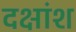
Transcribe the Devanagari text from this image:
दक्षांश